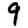
Digit: 9